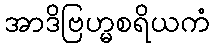
အာဒိဗြဟ္မစရိယကံ